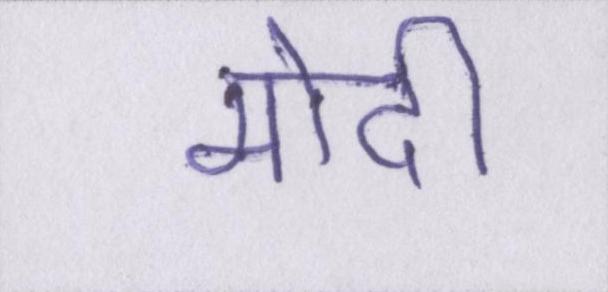
मोदी